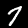
Digit: 7